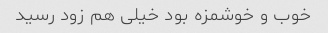
خوب و خوشمزه بود خیلی هم زود رسید